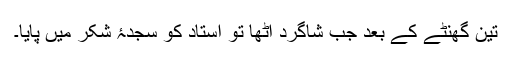
تین گھنٹے کے بعد جب شاگرد اٹھا تو استاد کو سجدۂ شکر میں پایا۔